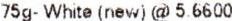
75G- WHITE (NEW) @ 5.6600